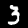
Label: 3